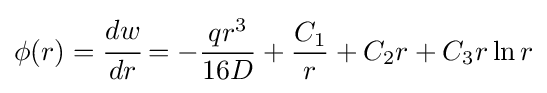
\phi (r)={\cfrac {dw}{dr}}=-{\frac {qr^{3}}{16D}}+{\frac {C_{1}}{r}}+C_{2}r+C_{3}r\ln r